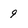
Character: 9